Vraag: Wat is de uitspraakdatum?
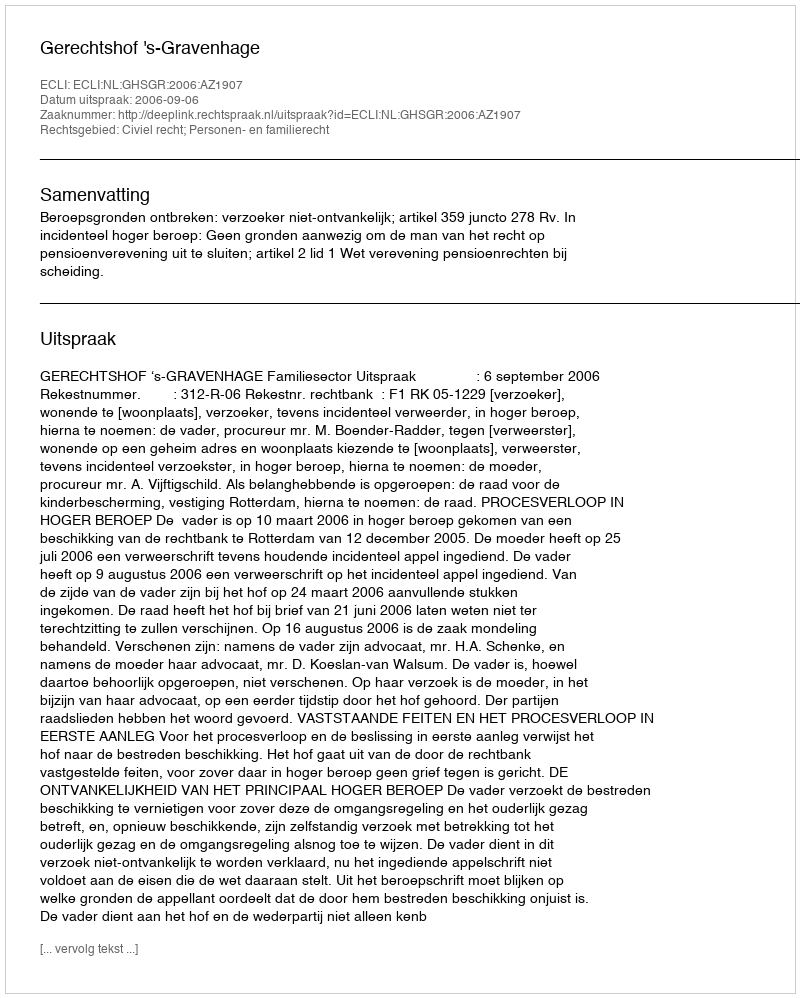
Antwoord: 2006-09-06